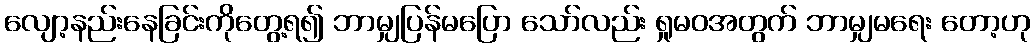
လျော့နည်းနေခြင်းကိုတွေ့ရ၍ ဘာမျှပြန်မပြော သော်လည်း ရှုမဝအတွက် ဘာမျှမရေး တော့ဟု